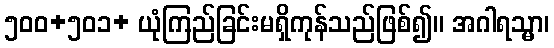
၅၀၀+၅၀၁+ ယုံကြည်ခြင်းမရှိကုန်သည်ဖြစ်၍။ အဂါရသ္မာ၊